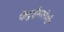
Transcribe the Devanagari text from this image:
फेटुईमलेमौ